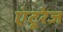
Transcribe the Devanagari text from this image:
एंटूरेज